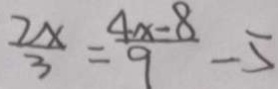
\frac { 2 x } { 3 } = \frac { 4 x - 8 } { 9 } - 5